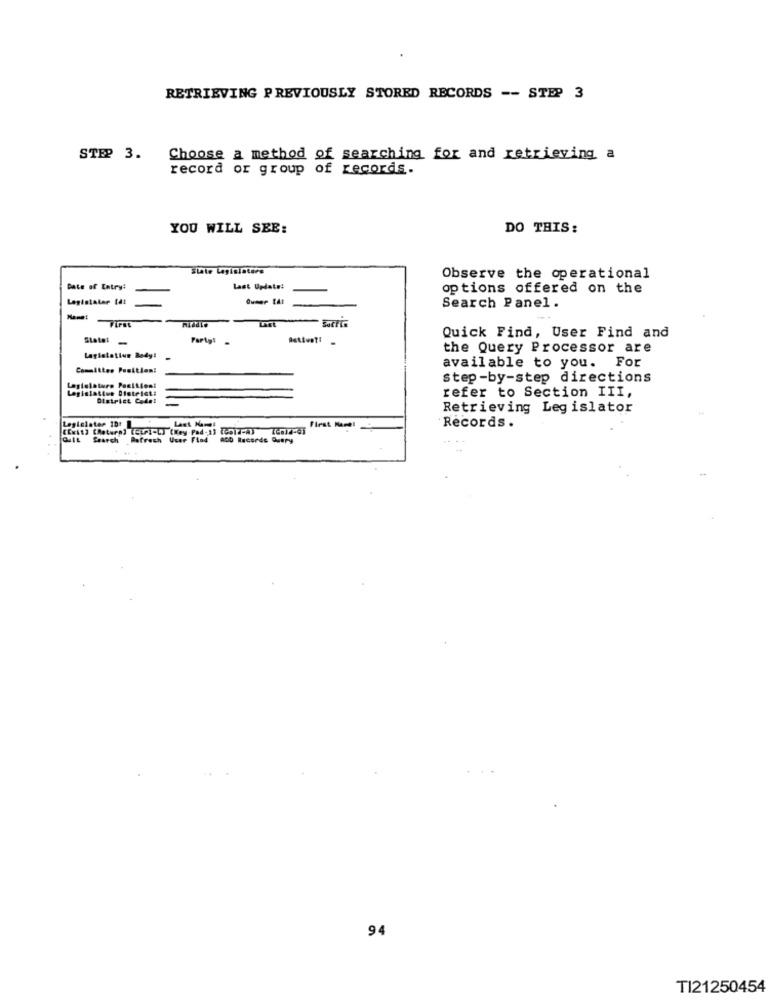
RETRIEVING PREVIOUSLY STORED RECORDS -- STEP 3
STEP 3.
Choose a method of searching for and retrieving a
record or group of records.
YOU WILL SEE:
DO THIS:
State Legislators
Observe the operational
Date of Entry!
Last Update!
options offered on the
Legistaler tdt
Search Panel .
Last
States
Party!
Quick Find, User Find and
the Query Processor are
Lagistatiun Body! -
available to you. For
Committee Position:
step-by-step directions
Legislatura Positioni
Legislative District:
refer to Section III,
District Codel
Retrieving Legislator
Flest Hamel
(Exit] [haturn] (euri-L) (Key Pad-1] [ohla-A) IGala-6]
Last Kamil
Records .
Gult Search Refresh User Flad ADD Recorde Query
94
TI21250454